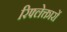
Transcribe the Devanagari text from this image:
रिफ्लेक्तारों